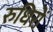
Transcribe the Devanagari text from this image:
रुधिरों